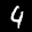
Label: 4